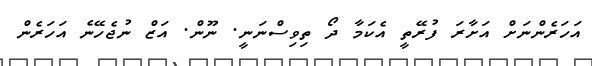
އަހަރެންނަށް އަށާރަ ފުރޭތީ އެކަމާ ދޯ ތިވިސްނަނީ. ނޫން. އަޒް ނުޖެހޭނެ އަހަރެން